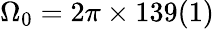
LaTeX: \Omega_{0}=2\pi\times 139(1)